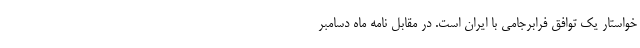
خواستار یک توافق فرابرجامی با ایران است. در مقابل نامه ماه دسامبر